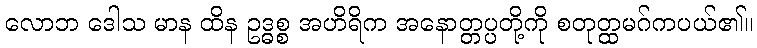
လောဘ ဒေါသ မာန ထိန ဥဒ္ဓစ္စ အဟိရိက အနောတ္တပ္ပတို့ကို စတုတ္ထမဂ်ကပယ်၏။